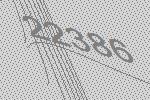
22386